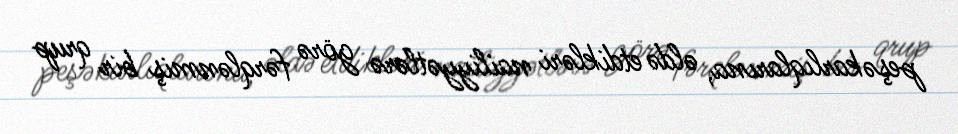
peşəkarlıqlarına, əldə etdikləri nailiyyətlərə görə fərqlənmiş bir qrup